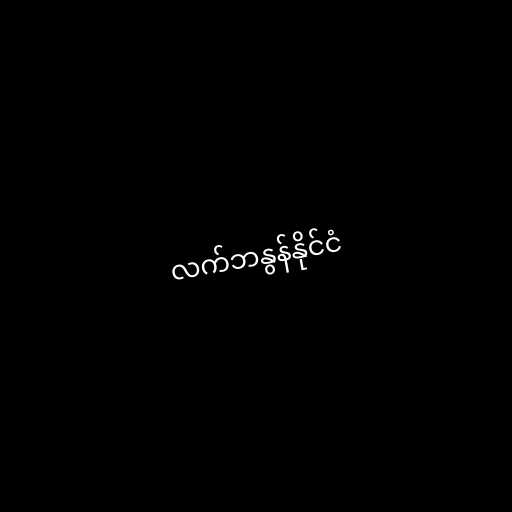
လက်ဘနွန်နိုင်ငံ